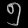
Digit: ၅